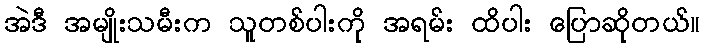
အဲဒီ အမျိုးသမီးက သူတစ်ပါးကို အရမ်း ထိပါး ပြောဆိုတယ်။